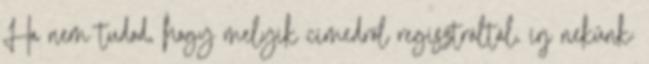
Ha nem tudod, hogy melyik címedről regisztráltál, írj nekünk: